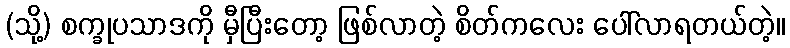
(သို့) စက္ခုပသာဒကို မှီပြီးတော့ ဖြစ်လာတဲ့ စိတ်ကလေး ပေါ်လာရတယ်တဲ့။